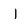
Character: i